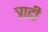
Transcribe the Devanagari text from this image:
त्रादी